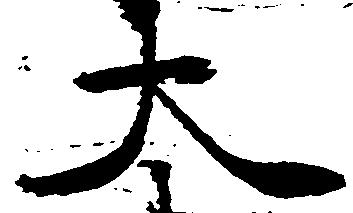
大